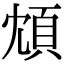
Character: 䪴